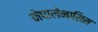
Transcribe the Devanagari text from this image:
नेपालेनासिस